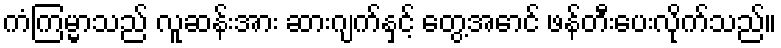
ကံကြမ္မာသည် လူဆန်းအား ဆားဂျက်နှင့် တွေ့အောင် ဖန်တီးပေးလိုက်သည်။